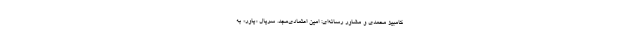
کامبیز محمدی و مشاور رسانه‌ای: امین اعتمادی‌مجد. سریال «یاور» به